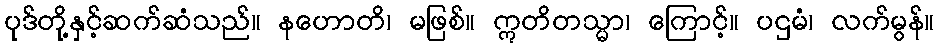
ပုဒ်တို့နှင့်ဆက်ဆံသည်။ နဟောတိ၊ မဖြစ်။ ဣတိတသ္မာ၊ ကြောင့်။ ပဌမံ၊ လက်မွန်။